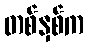
တစ်နှစ်က